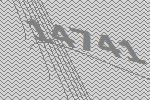
14741